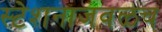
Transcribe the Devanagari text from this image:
स्टेशनाजवळच